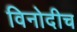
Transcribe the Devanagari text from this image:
विनोदीच